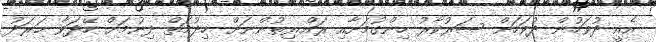
އެއީ ދުވަހުން ދުވަހަށް ސަރުކާރު ހިންގުމަށާއި ރައްޔިތުންނަށް ޚިދުމަތް ދިނުމަށް ހޭދަވާ ޚަރަދު